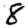
Digit: 8